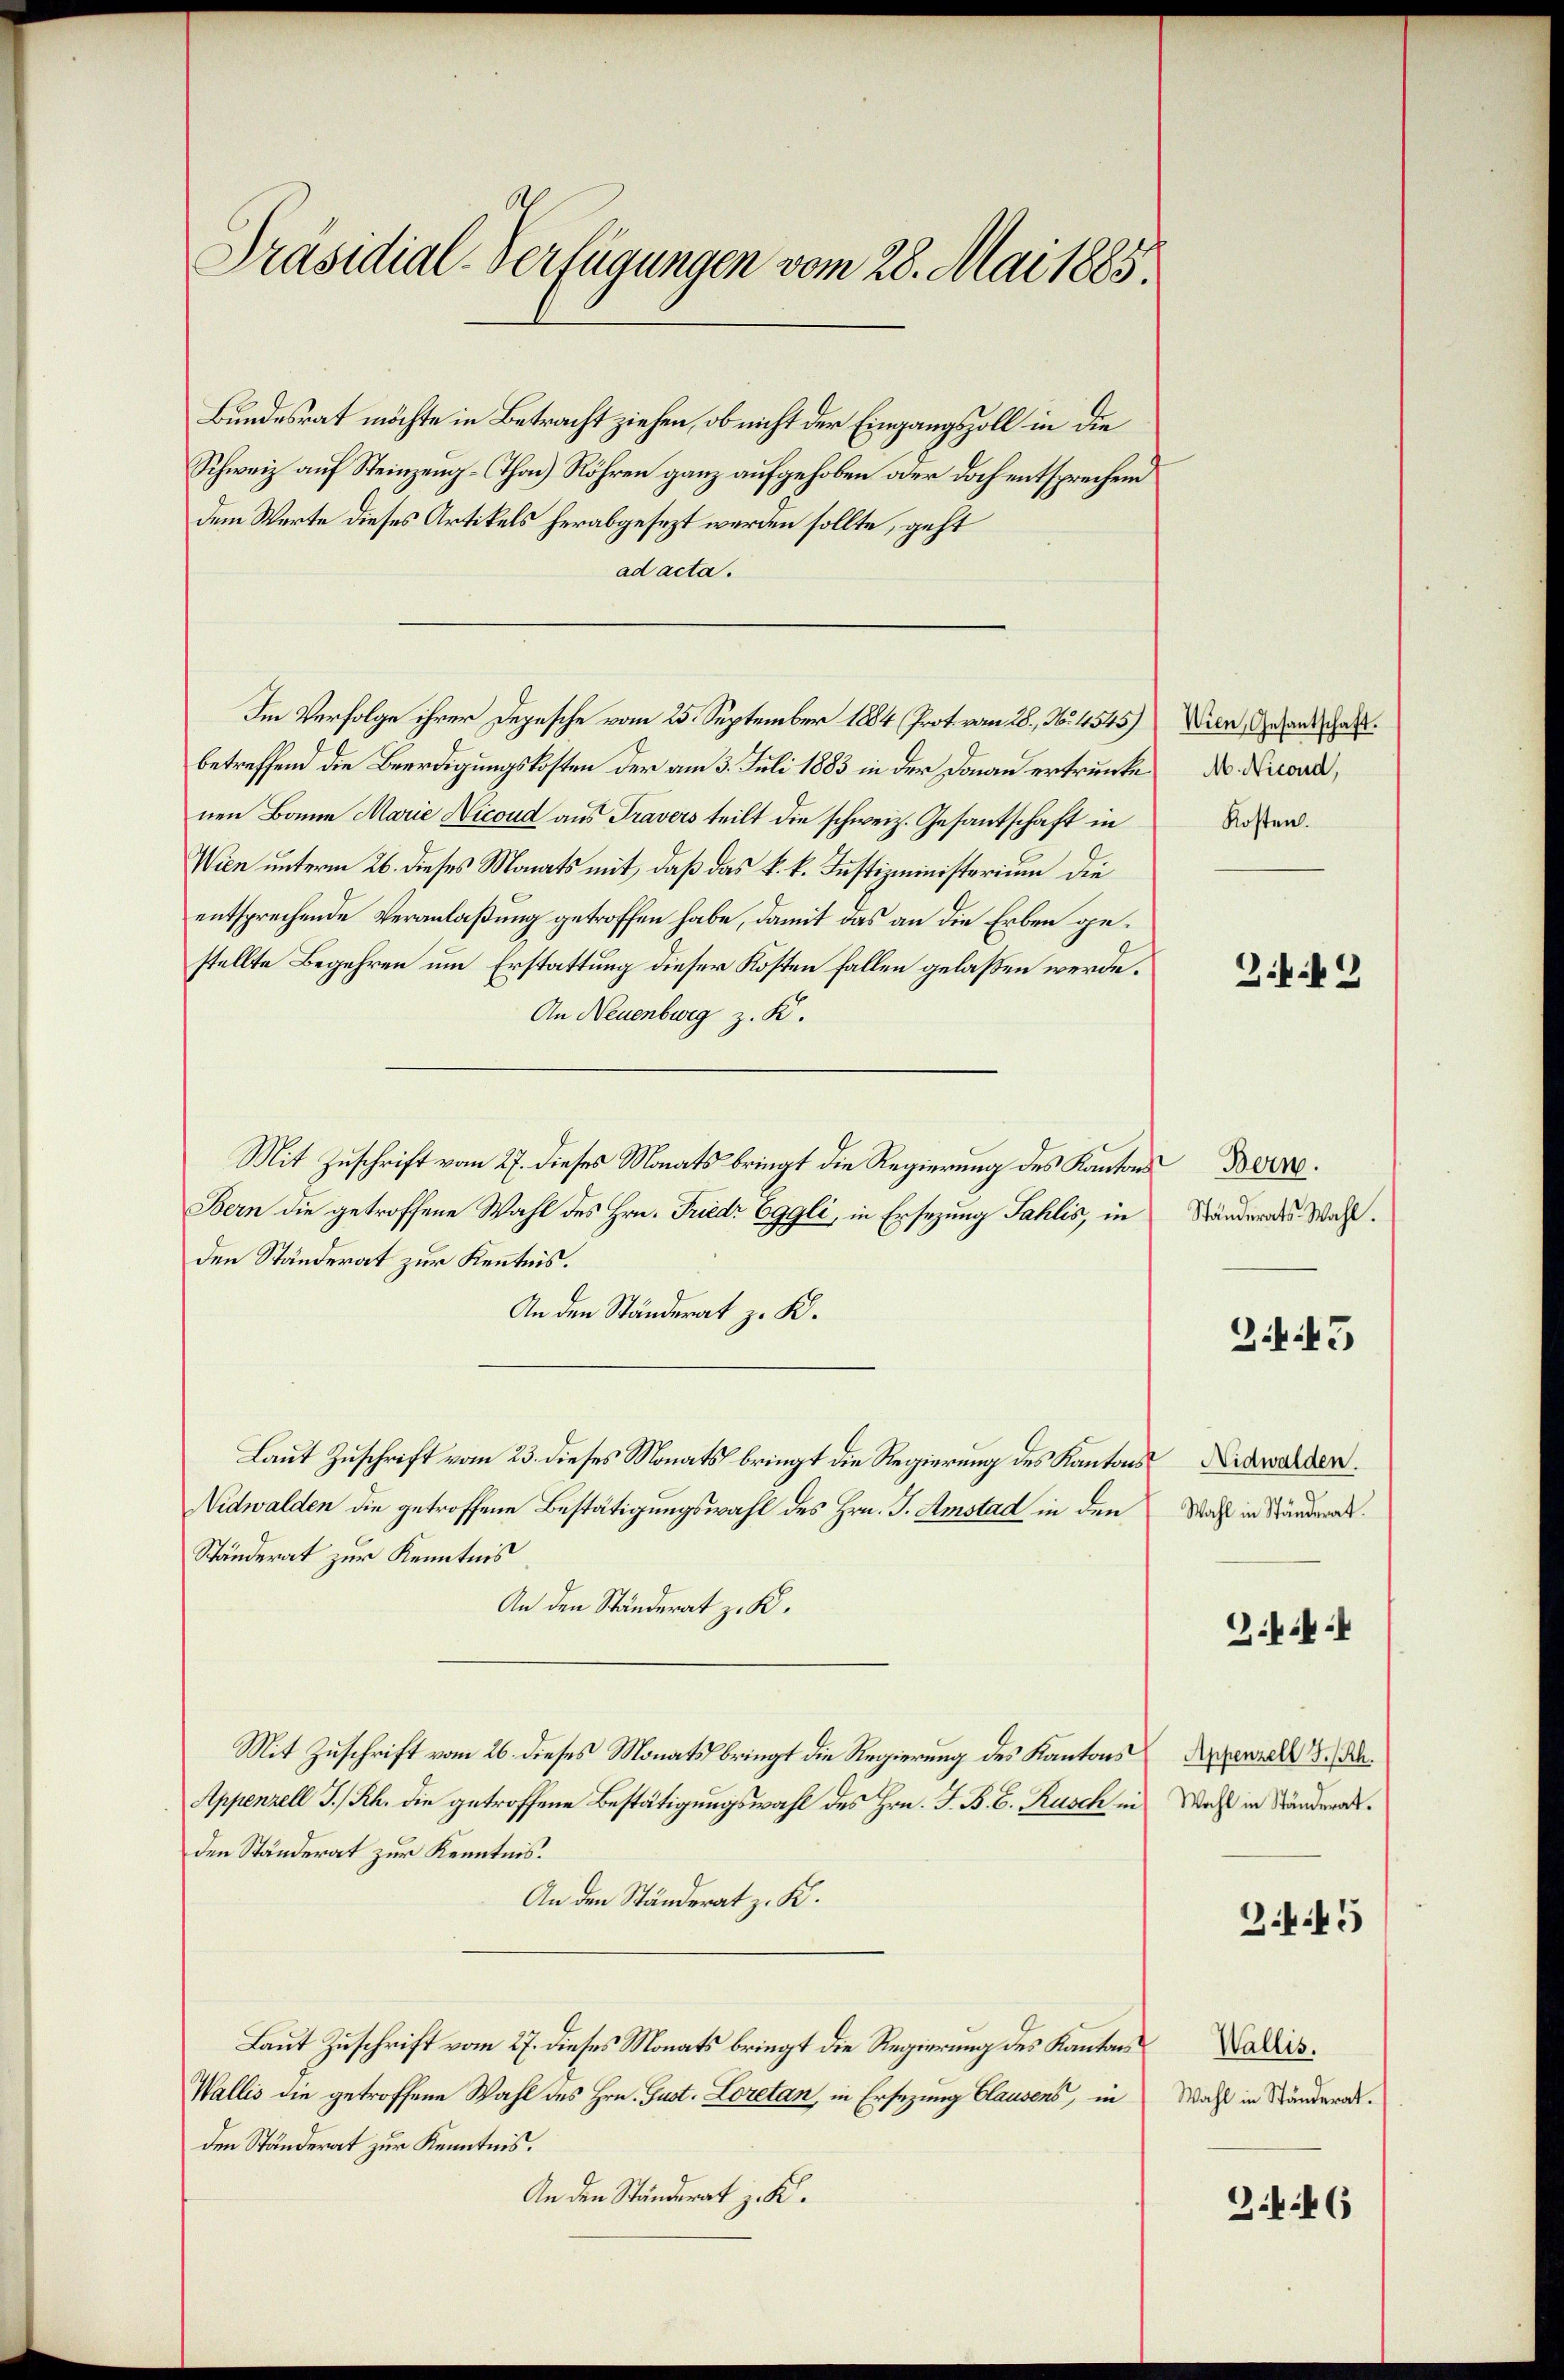
Präsidial-Verfügungen vom 28. Mai 1885.

Bundesrat möchte in Betracht ziehen, ob nicht der Eingangszoll in die
Schweiz auf Steinzeng-Thon) Röhren ganz aufgehoben oder doch entsprechend
dem Werte dieses Artikels herabgesezt werden sollte, geht
ad acta.
betreffend die Beerdigungskosten der am 3. Juli 1883 in der Dann ertrunke d. Nicoud,
nen Bann Marie Dicoud aus Travers teilt die schweiz. Gesantschaft in
Wien unterm 26. dieses Monats mit, daß das k. k. Justizministerium die
entsprechende Veranlaßung getroffen habe, damit das an die Erben gestellte Begehren um Erstattung dieser Kosten fallen gelassen werde.
An Neuenburg z. B.
Mit Zuschrift vom 27. dieses Monats bringt die Regierung des Kantons
Bern die getroffene Wahl des Hrn. Friedr Eggli, in Ersezung Sahlis, in
den Ständerat zur Kenntnis.
An den Ständerat z. K.
Laut Zuschrift vom 23. dieses Monats bringt die Regierung des Kantons¬
Nidwalden die getroffene Bestätigungswahl des Hrn. J. Amstad in den
Ständerat zur Kenntnis
An den Ständerat z. K.
Mit Zuschrift vom 26. dieses Monats bringt die Regierung des Kantons
Appenzell I.Rh. die getroffene Bestätigungswahl des Hrn. F. B. C. Rusch in
den Ständerat zur Kenntnis.
An den Ständerat z. K.
Laut Zuschrift vom 27. dieses Monats bringt die Regierung des Kanton
Wallis die getroffene Wahl des Hrn. Gust. Loretan, in Ersezung Clausens, in
den Ständerat zur Kenntnis.
An den Ständerat z. K.

Im Verfolge ihrer Depesche vom 25. September 1884 Prot. vom 28. No. 4545) Wien, Gesandschaft.

Kosten.

Zif. 2

Bern.
Ständerats Wahl.

3. 43

Nidwalden.
Wahl in Ständerat.

3.4.

Appenzell I.Rh.
Wahl in Ständerat.

J.K.45

Wallis.
Wahl in Ständerat.

34. 46